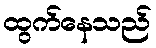
ထွက်နေသည်